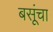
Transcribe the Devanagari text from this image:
बसूंचा